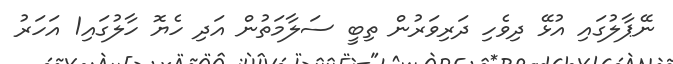
ނޭޕާލުގައި އުޅޭ ދިވެހި ދަރިވަރުން ތިބީ ސަލާމަތުން އަދި ހެޔޮ ހާލުގައި1 އަހަރު